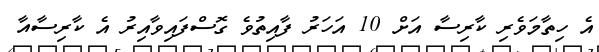
އެ ހިތާމަވެރި ކާރިސާ އަށް 10 އަހަރު ފާއިތުވެ ގޮސްފައިވާއިރު އެ ކާރިސާއާ